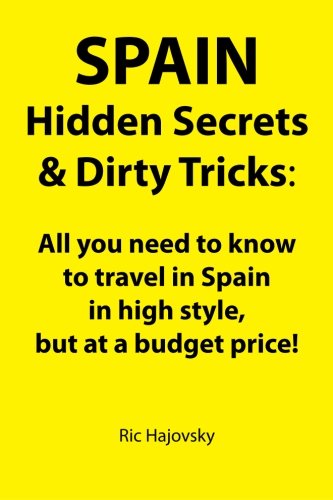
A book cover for SPAIN: Hidden Secrets & Dirty Tricks: All you need to know to travel in Spain in high style, but at a budget price!; Ric Hajovsky; Travel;